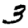
Digit: 3